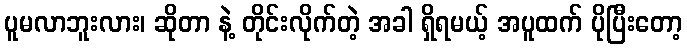
ပူမလာဘူးလား၊ ဆိုတာ နဲ့ တိုင်းလိုက်တဲ့ အခါ ရှိရမယ့် အပူထက် ပိုပြီးတော့